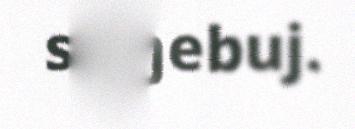
sisŋebuj.